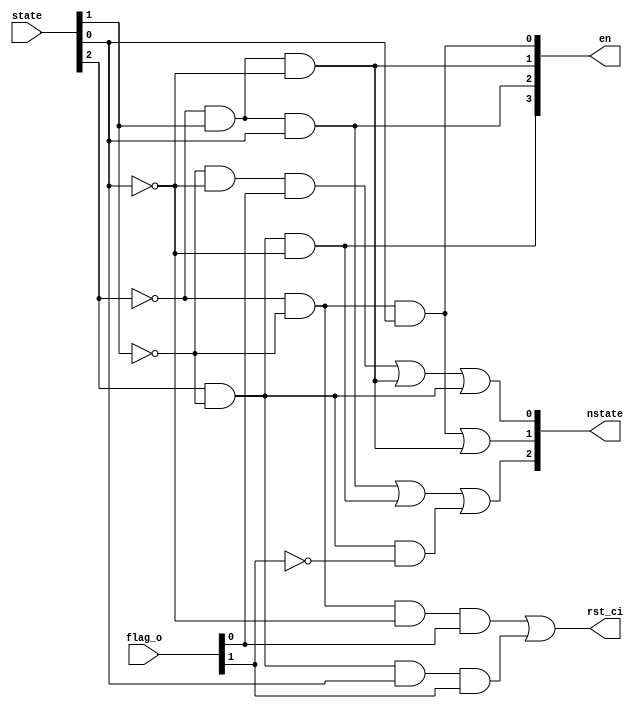
module dec

(
        input   [2:0]   state,
        input   [1:0]   flag_o,
        output  [2:0]   nstate,
        output  [3:0]   en,
        output          rst_ci
);

assign nstate[2] = ~state[2] & state[1] & state[0] | state[2] & ~state[1] & ~state[0] | state[2] & ~state[1] & ~flag_o[1];
assign nstate[1] = ~state[2] & ~state[1] & state[0] | ~state[2] & state[1] & ~state[0];
assign nstate[0] = ~state[1] & ~state[0] & flag_o[0] | ~state[2] & state[1] & ~state[0] | state[2] & ~ state[1];
assign en[3] = state[2] & ~state[1] & ~state[0];
assign en[2] = ~state[2] & state[1] & state[0];
assign en[1] = ~state[2] & state[1] & ~state[0];
assign en[0] = ~state[2] & ~state[1] & state[0];
assign rst_ci = ~state[2] & ~state[1] & ~state[0] & flag_o[0] | state[2] & ~state[1] & state[0] & flag_o[1];

endmodule